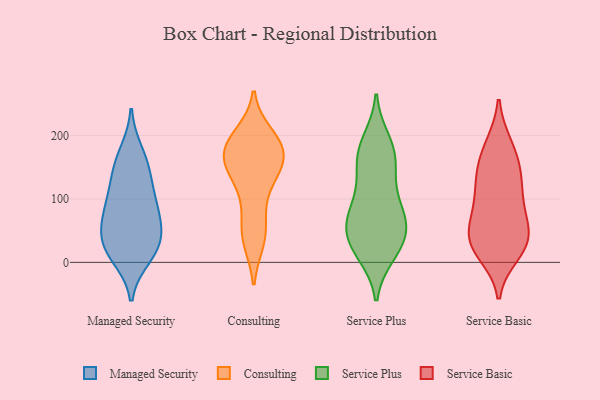
{"axis": {"x": "Customer Acquisition Cost (USD)", "y": "Value"}, "legend": ["Consulting", "Managed Security", "Service Basic", "Service Plus"], "data": [{"x": "", "y": 27, "type": "Managed Security"}, {"x": "", "y": 10, "type": "Managed Security"}, {"x": "", "y": 91, "type": "Managed Security"}, {"x": "", "y": 75, "type": "Managed Security"}, {"x": "", "y": 73, "type": "Managed Security"}, {"x": "", "y": 172, "type": "Managed Security"}, {"x": "", "y": 28, "type": "Managed Security"}, {"x": "", "y": 106, "type": "Managed Security"}, {"x": "", "y": 23, "type": "Managed Security"}, {"x": "", "y": 147, "type": "Managed Security"}, {"x": "", "y": 143, "type": "Managed Security"}, {"x": "", "y": 48, "type": "Managed Security"}, {"x": "", "y": 152, "type": "Consulting"}, {"x": "", "y": 109, "type": "Consulting"}, {"x": "", "y": 179, "type": "Consulting"}, {"x": "", "y": 142, "type": "Consulting"}, {"x": "", "y": 79, "type": "Consulting"}, {"x": "", "y": 35, "type": "Consulting"}, {"x": "", "y": 43, "type": "Consulting"}, {"x": "", "y": 41, "type": "Consulting"}, {"x": "", "y": 141, "type": "Consulting"}, {"x": "", "y": 181, "type": "Consulting"}, {"x": "", "y": 200, "type": "Consulting"}, {"x": "", "y": 179, "type": "Consulting"}, {"x": "", "y": 191, "type": "Consulting"}, {"x": "", "y": 189, "type": "Consulting"}, {"x": "", "y": 153, "type": "Consulting"}, {"x": "", "y": 163, "type": "Consulting"}, {"x": "", "y": 80, "type": "Service Plus"}, {"x": "", "y": 33, "type": "Service Plus"}, {"x": "", "y": 177, "type": "Service Plus"}, {"x": "", "y": 56, "type": "Service Plus"}, {"x": "", "y": 17, "type": "Service Plus"}, {"x": "", "y": 161, "type": "Service Plus"}, {"x": "", "y": 186, "type": "Service Plus"}, {"x": "", "y": 12, "type": "Service Plus"}, {"x": "", "y": 55, "type": "Service Plus"}, {"x": "", "y": 151, "type": "Service Plus"}, {"x": "", "y": 69, "type": "Service Plus"}, {"x": "", "y": 118, "type": "Service Plus"}, {"x": "", "y": 88, "type": "Service Plus"}, {"x": "", "y": 16, "type": "Service Plus"}, {"x": "", "y": 91, "type": "Service Plus"}, {"x": "", "y": 150, "type": "Service Plus"}, {"x": "", "y": 47, "type": "Service Plus"}, {"x": "", "y": 193, "type": "Service Plus"}, {"x": "", "y": 47, "type": "Service Plus"}, {"x": "", "y": 54, "type": "Service Basic"}, {"x": "", "y": 30, "type": "Service Basic"}, {"x": "", "y": 96, "type": "Service Basic"}, {"x": "", "y": 41, "type": "Service Basic"}, {"x": "", "y": 28, "type": "Service Basic"}, {"x": "", "y": 90, "type": "Service Basic"}, {"x": "", "y": 42, "type": "Service Basic"}, {"x": "", "y": 183, "type": "Service Basic"}, {"x": "", "y": 153, "type": "Service Basic"}, {"x": "", "y": 185, "type": "Service Basic"}, {"x": "", "y": 76, "type": "Service Basic"}, {"x": "", "y": 135, "type": "Service Basic"}, {"x": "", "y": 143, "type": "Service Basic"}, {"x": "", "y": 23, "type": "Service Basic"}, {"x": "", "y": 14, "type": "Service Basic"}, {"x": "", "y": 121, "type": "Service Basic"}]}